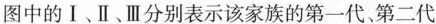
图中的Ⅰ、Ⅱ、Ⅲ分别表示该家族的第一代、第二代